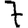
Digit: 7